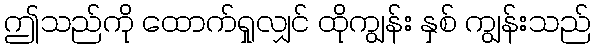
ဤသည်ကို ထောက်ရှုလျှင် ထိုကျွန်း နှစ် ကျွန်းသည်